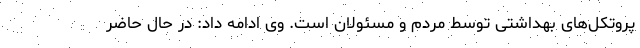
پروتکل‌های بهداشتی توسط مردم و مسئولان است. وی ادامه داد: در حال حاضر